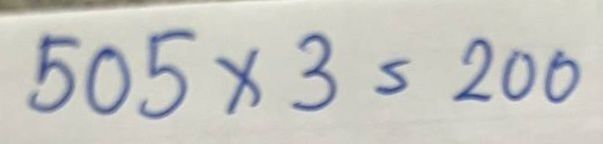
505 x 3 = 200